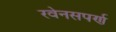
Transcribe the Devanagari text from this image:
रवेनसपर्ण